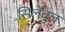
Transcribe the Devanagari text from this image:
सिलेबुल